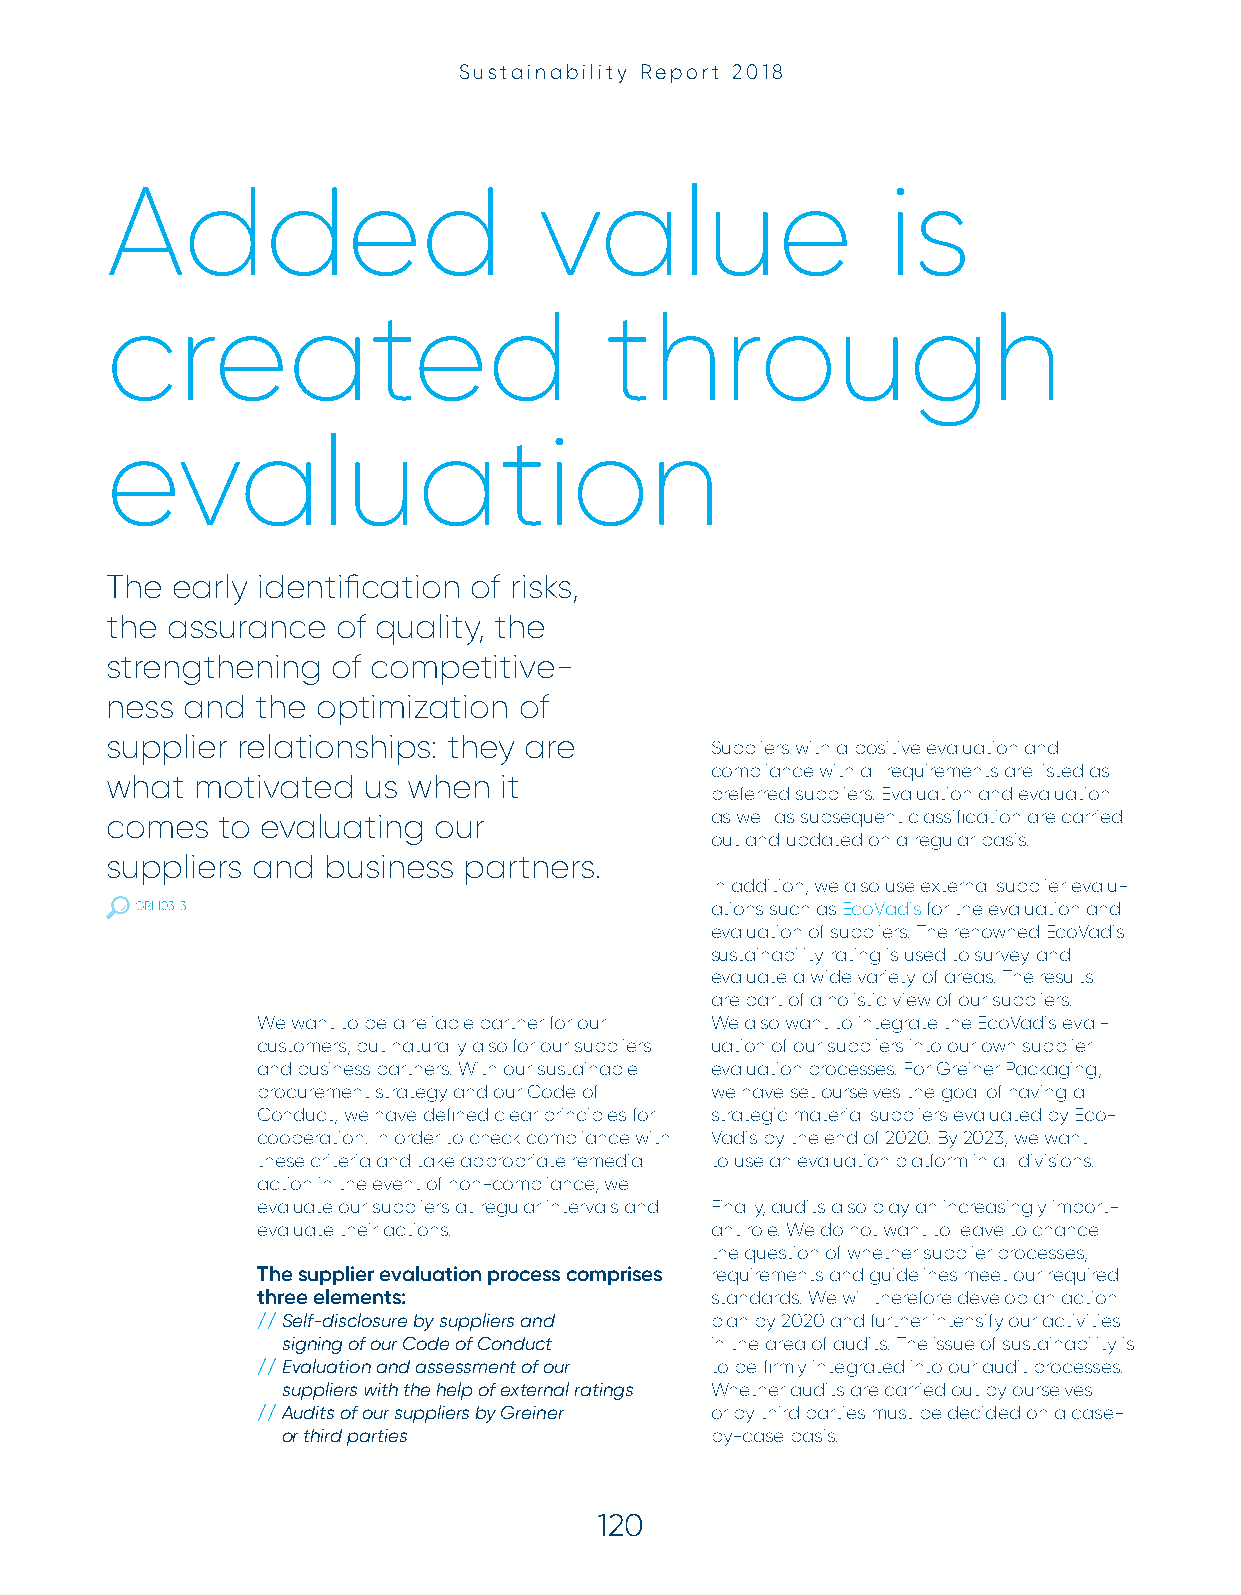
Sustainability Report 2018
 Added                        value                  is
 created                          through
 evaluation
 The early identification of risks,
 the assurance  of quality, the
 strengthening  of competitive-
 ness and  the optimization of
 supplier relationships: they are
 Suppliers with a positive evaluation and
 compliance with all requirements are listed as
 what  motivated  us when  it
 preferred suppliers. Evaluation and evaluation
 comes  to evaluating  our               as well as subsequent classification are carried
 out and updated on a regular basis.
 suppliers and business  partners.
 In addition, we also use external supplier evalu-
 GRI 103-3                             ations such as EcoVadis for the evaluation and
 evaluation of suppliers. The renowned EcoVadis
 sustainability rating is used to survey and
 evaluate a wide variety of areas. The results
 are part of a holistic view of our suppliers.
 We want to be a reliable partner for our We also want to integrate the EcoVadis eval-
 customers, but naturally also for our suppliers uation of our suppliers into our own supplier
 and business partners. With our sustainable evaluation processes. For Greiner Packaging,
 procurement strategy and our Code of we have set ourselves the goal of having all
 Conduct, we have defined clear principles for strategic material suppliers evaluated by Eco-
 cooperation. In order to check compliance with Vadis by the end of 2020. By 2023, we want
 these criteria and take appropriate remedial to use an evaluation platform in all divisions.
 action in the event of non-compliance, we
 evaluate our suppliers at regular intervals and Finally, audits also play an increasingly import-
 evaluate their actions.       ant role. We do not want to leave to chance
 the question of whether supplier processes,
 The supplier evaluation process comprises requirements and guidelines meet our required
 three elements:               standards. We will therefore develop an action
 // Self-disclosure by suppliers and plan by 2020 and further intensify our activities
 signing of our Code of Conduct in the area of audits. The issue of sustainability is
 // Evaluation and assessment of our to be firmly integrated into our audit processes.
 suppliers with the help of external ratings Whether audits are carried out by ourselves
 // Audits of our suppliers by Greiner or by third parties must be decided on a case-
 or third parties            by-case basis.
 120